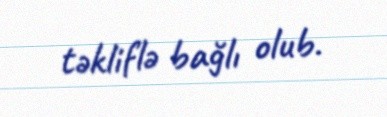
təkliflə bağlı olub.